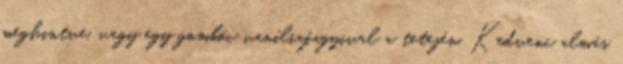
meghintve, vagy egy gombóc vaníliafagyival a tetején. Kedvenc almás